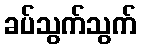
ခပ်သွက်သွက်